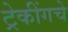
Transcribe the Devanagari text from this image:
ट्रेकींगचे